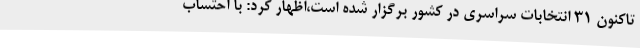
تاکنون 31 انتخابات سراسری در کشور برگزار شده است،اظهار کرد: با احتساب